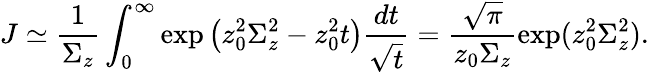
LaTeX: J\simeq\frac{1}{\Sigma_{z}}\int_{0}^{\infty}\exp\left(z_{0}^{2}\Sigma_{z}^{2}-z_{0}^{2}t\right)\frac{dt}{\sqrt{t}}=\frac{\sqrt{\pi}}{z_{0}\Sigma_{z}}\exp(z_{0}^{2}\Sigma_{z}^{2}).